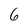
Character: 6